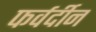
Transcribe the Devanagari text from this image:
फर्वर्दीन